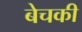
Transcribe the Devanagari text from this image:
बेचकी